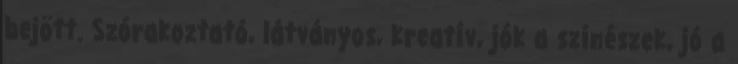
bejött. Szórakoztató, látványos, kreatív, jók a színészek, jó a